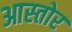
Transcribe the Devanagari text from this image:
आस्तोर